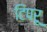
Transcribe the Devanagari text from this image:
टिपरू